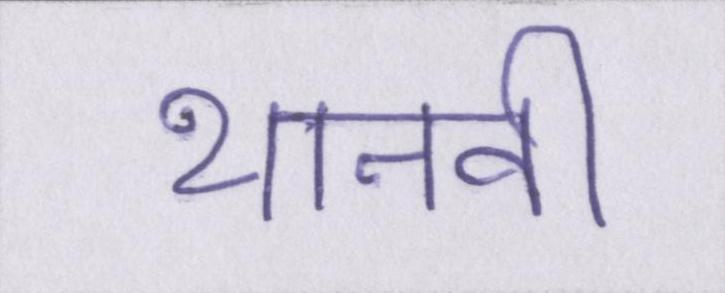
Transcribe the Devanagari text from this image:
थानवी